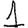
Digit: 1